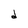
Character: d